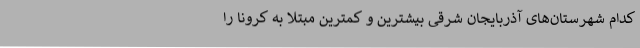
کدام شهرستان‌های آذربایجان شرقی بیشترین و کمترین مبتلا به کرونا را